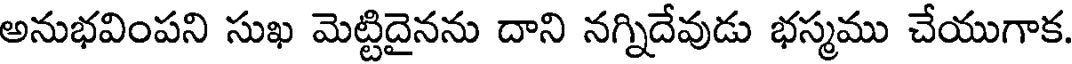
అనుభవింపని సుఖ మెట్టిదైనను దాని నగ్నిదేవుడు భస్మము చేయుగాక